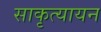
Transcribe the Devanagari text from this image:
साकृत्यायन